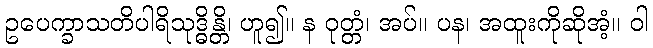
ဥပေက္ခာသတိပါရိသုဒ္ဓိန္တိ၊ ဟူ၍။ န ဝုတ္တံ၊ အပ်။ ပန၊ အထူးကိုဆိုအံ့။ ဝါ